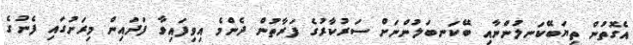
އެގޮތުން ތިޔަބޭކަނލުންނާއި ބޭކަނބަލުންނަށް ސަރުކާރުގެ ފަރާތުން ދެންމެ އިވިފައިވާ ފަދައިން މިރަށުގައި ފެނުގެ